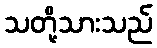
သတို့သားသည်